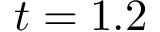
t = 1 . 2